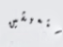
ستعيشين